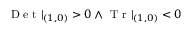
\mathrm { ~ D ~ e ~ t ~ } | _ { ( 1 , 0 ) } > 0 \land \mathrm { ~ T ~ r ~ } | _ { ( 1 , 0 ) } < 0